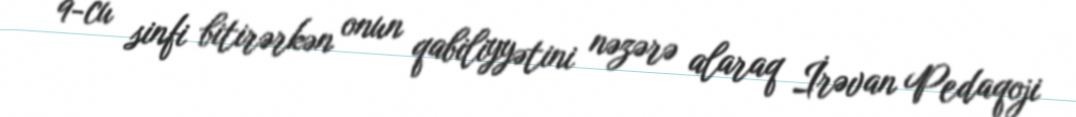
9-cu sinfi bitirərkən onun qabiliyyətini nəzərə alaraq İrəvan Pedaqoji